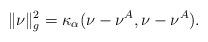
LaTeX: \begin{align*}\|\nu\|^2_g=\kappa_\alpha(\nu-\nu^A,\nu-\nu^A).\end{align*}